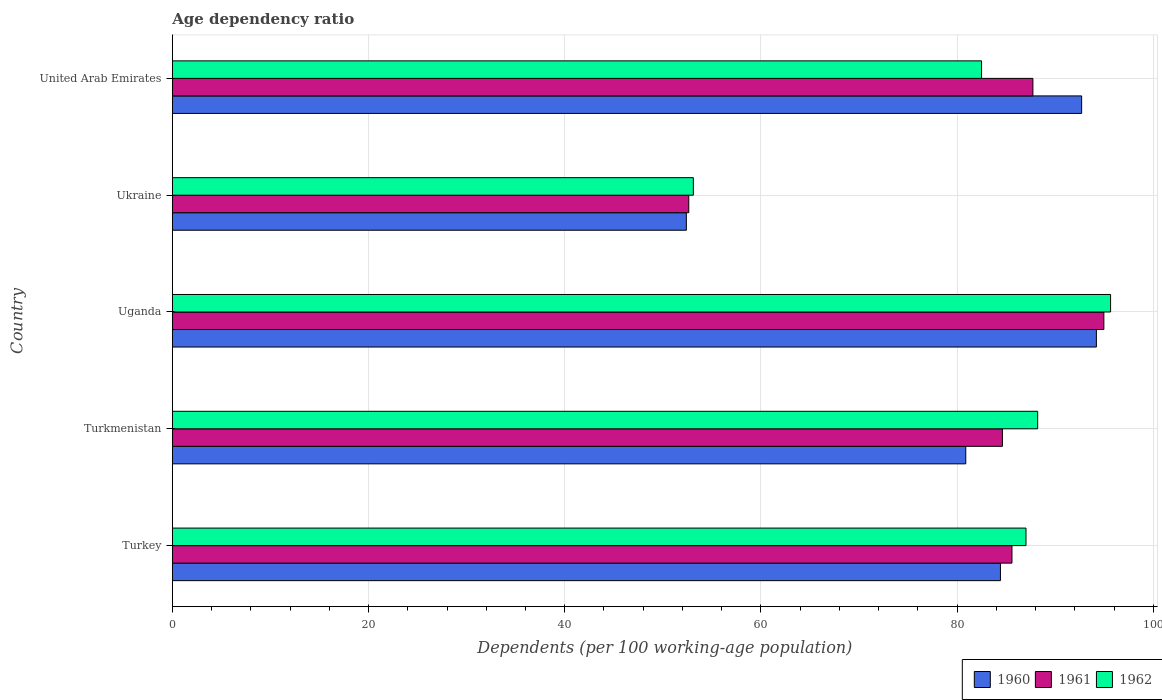
| Country | 1960 | 1961 | 1962 |
 | --- | --- | --- | --- |
 | Turkey | 84.4 | 85.6 | 87 |
 | Turkmenistan | 80.9 | 84.6 | 88.2 |
 | Uganda | 94.2 | 95 | 95.7 |
 | Ukraine | 52.4 | 52.6 | 53.1 |
 | United Arab Emirates | 92.7 | 87.7 | 82.5 |